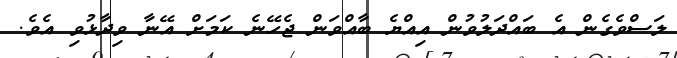
ލަސްވެގެން އެ ބައްދަލުވުން އިއްޔެ ބާއްވަން ޖެހޭނެ ކަމަށް އޭނާ ވިދާޅުވި އެވެ.